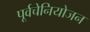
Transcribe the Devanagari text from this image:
पूर्वचेनियोजन